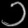
Digit: ၁